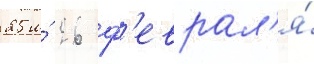
25 и́ 26 ф'еврал'я́